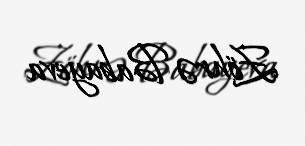
Zöhrə Babayeva